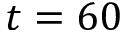
t = 6 0